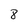
Character: 8